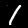
Digit: 1